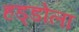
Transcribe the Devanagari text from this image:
हड्डोला